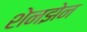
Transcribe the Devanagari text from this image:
शेनझेन